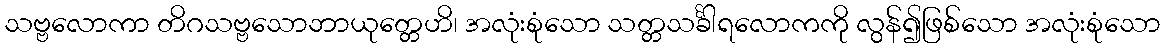
သဗ္ဗလောကာ တိဂသဗ္ဗသောဘာယုတ္တေဟိ၊ အလုံးစုံသော သတ္တသင်္ခါရလောကကို လွန်၍ဖြစ်သော အလုံးစုံသော